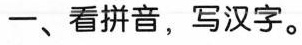
一、看拼音，写汉字。